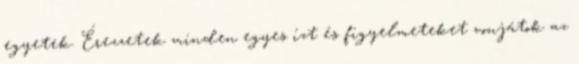
egyetek. Érezzetek minden egyes ízt és figyelmeteket vonjátok az